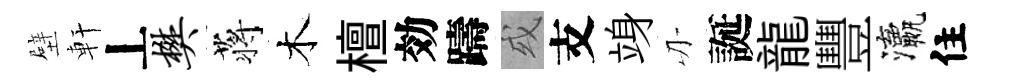
壁軒丄樊蒋木檀効躊或支竧刃誕龍豐瀛住